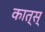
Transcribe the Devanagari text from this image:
कात्स्